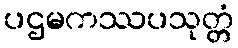
ပဌမကဿပသုတ္တံ